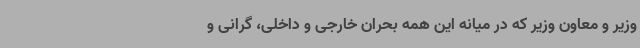
وزیر و معاون وزیر که در میانه این همه بحران خارجی و داخلی، گرانی و